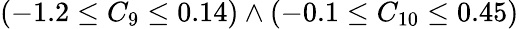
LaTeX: (-1.2\leq C_{9}\leq 0.14)\wedge(-0.1\leq C_{10}\leq 0.45)